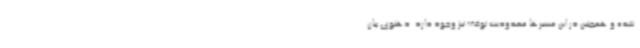
شده و همچنین در این مسیرها محدودیت توقف نیز وجود دارد. دهنوی بیان